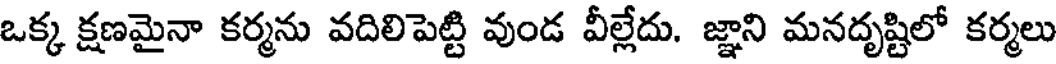
ఒక్క క్షణమైనా కర్మను వదిలిపెట్టి వుండ వీల్లేదు. జ్ఞాని మనదృష్టిలో కర్మలు